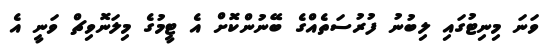
ވަނަ މިނިޓުގައި ލިބުނު ފުރުސަތެއްގެ ބޭނުންކޮށް އެ ޓީމުގެ މިލަނޮވިޗް ވަނީ އެ